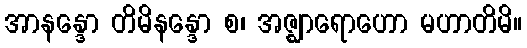
အာနန္ဒော တိမိနန္ဒော စ၊ အဇ္ဈာရောဟော မဟာတိမိ။